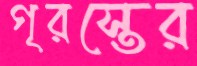
গৃরস্তের